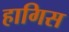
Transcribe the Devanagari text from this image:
हागिस